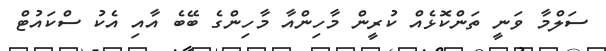
ސަލްމާ ވަނީ ތަންކޮޅެއް ކުރީން މާހިންއާ މާހިންގެ ބޭބެ އާއި އެކު ސްކައުޓް